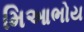
મિઆભોય